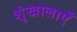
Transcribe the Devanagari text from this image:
शृंखालाएँ